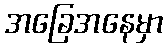
အခြေအနေမှာ